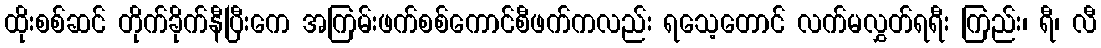
ထိုးစစ်ဆင် တိုက်ခိုက်နီပြီးကေ အကြမ်းဖက်စစ်ကောင်စီဖက်ကလည်း ရသေ့တောင် လက်မလွှတ်ရရီး ကြည်း၊ ရီ၊ လီ